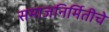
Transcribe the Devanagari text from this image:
समाजनिर्मितीचे